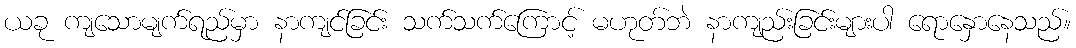
ယခု ကျသောမျက်ရည်မှာ နာကျင်ခြင်း သက်သက်ကြောင့် မဟုတ်ဘဲ နာကျည်းခြင်းများပါ ရောနှောနေသည်။